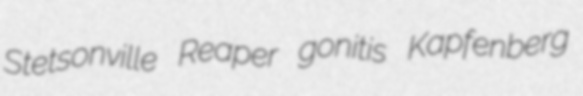
Stetsonville Reaper gonitis Kapfenberg